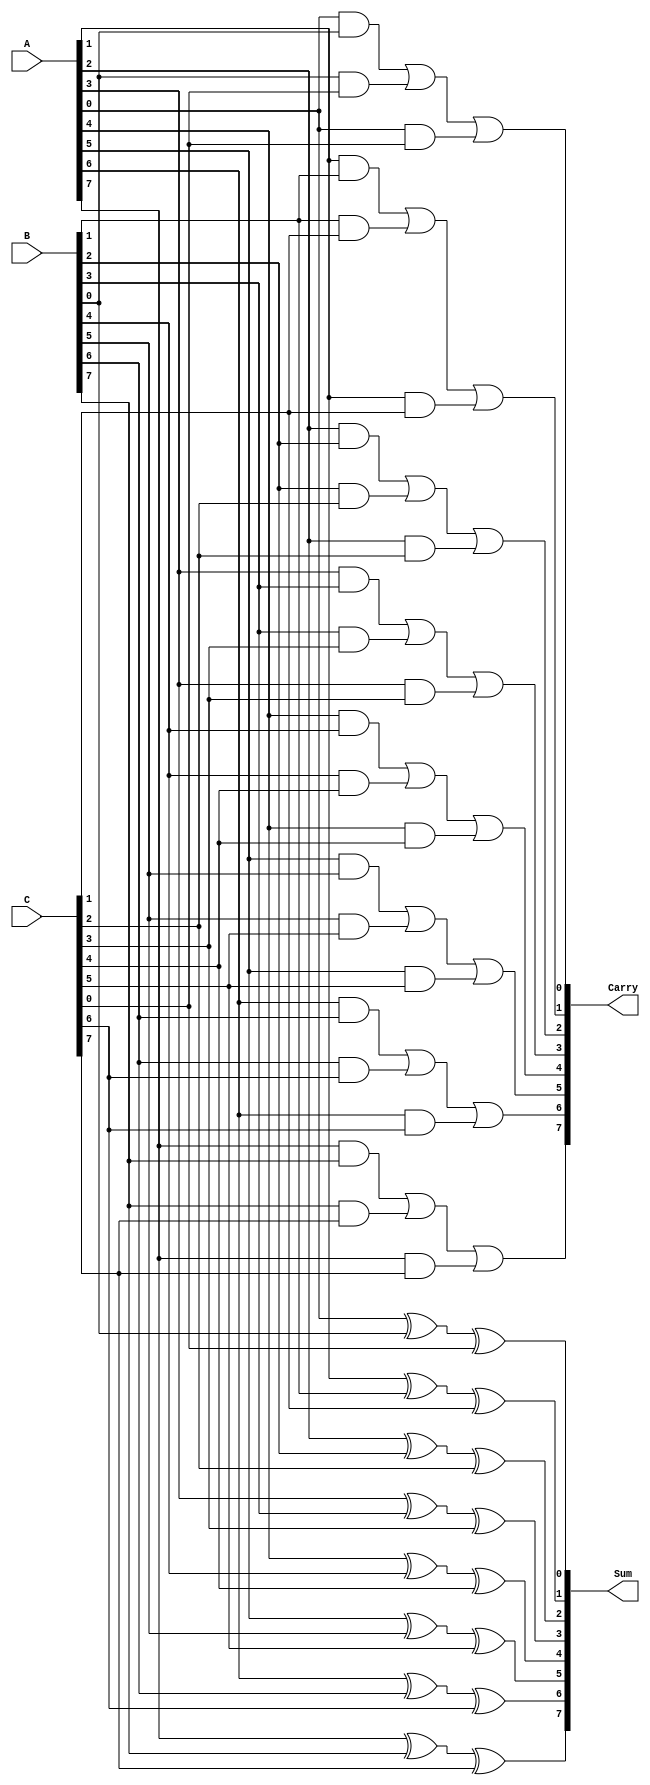
module CarrySaveAdder #(parameter N = 8) (
    input  wire [N-1:0] A,  // First operand
    input  wire [N-1:0] B,  // Second operand
    input  wire [N-1:0] C,  // Third operand
    output wire [N-1:0] Sum, // Preliminary sum output
    output wire [N-1:0] Carry // Carry output
);

    // Generate the sum and carry for each bit position
    genvar i;
    generate
        for (i = 0; i < N; i = i + 1) begin : CSA
            // Preliminary sum bit
            assign Sum[i] = A[i] ^ B[i] ^ C[i];
            
            // Carry bit calculation
            assign Carry[i] = (A[i] & B[i]) | (B[i] & C[i]) | (A[i] & C[i]);
        end
    endgenerate

endmodule